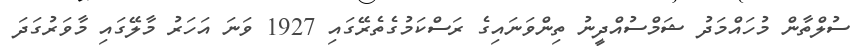
ސުލްތާން މުހައްމަދު ޝަމްސުއްދީނު ތިންވަނައިގެ ރަސްކަމުގެތެރޭގައި 1927 ވަނަ އަހަރު މާލޭގައި މާވަރުގަދަ